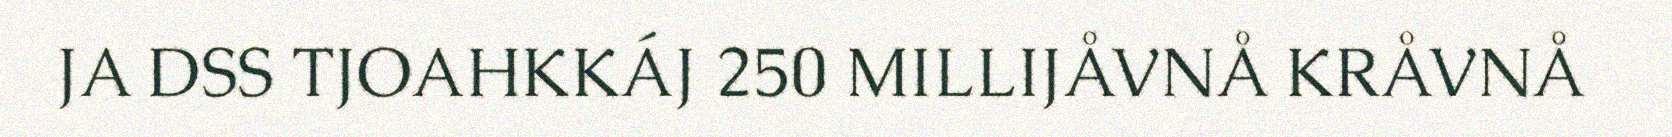
JA DSS TJOAHKKÁJ 250 MILLIJÅVNÅ KRÅVNÅ